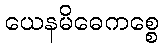
ယေနမိဓေကစ္စေ